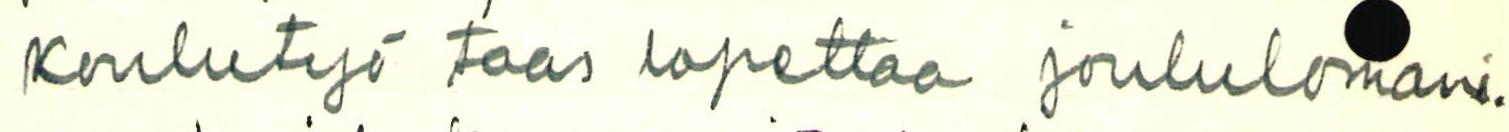
koulutyö taas lopettaa joululomani.